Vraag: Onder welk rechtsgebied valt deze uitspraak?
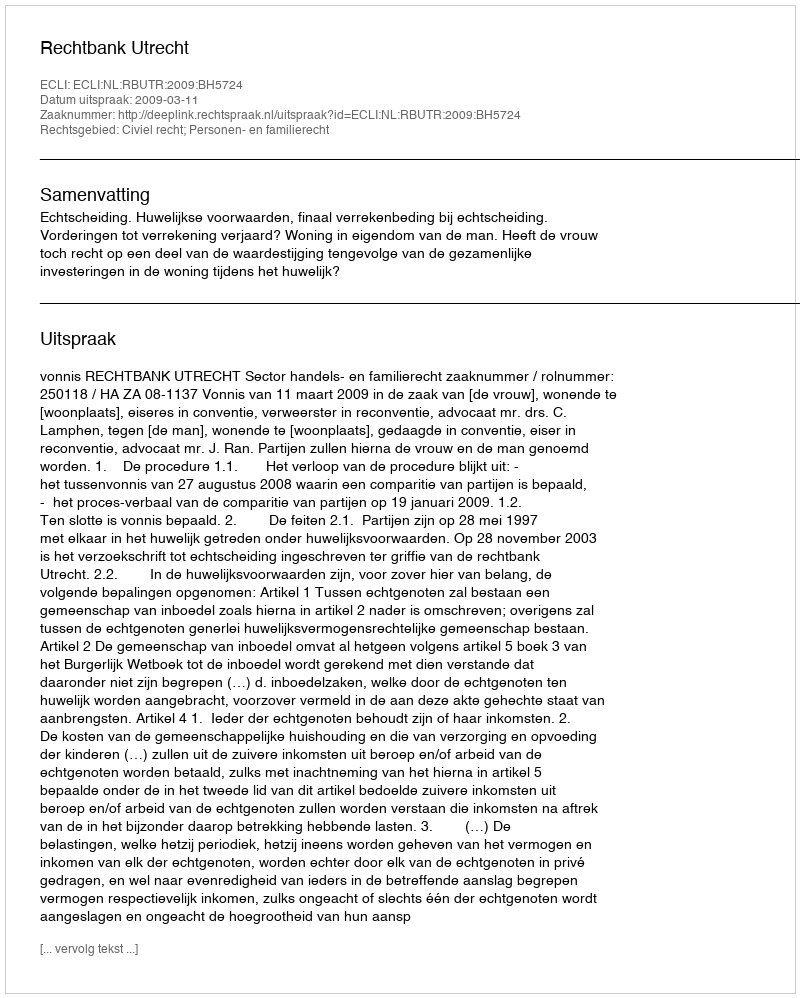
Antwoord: Civiel recht; Personen- en familierecht